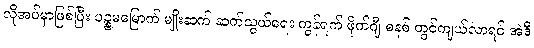
လိုအပ်မှာဖြစ်ပြီး ပဉ္စမမြောက် မျိုးဆက် ဆက်သွယ်ရေး ကွန်ရက် ဖိုက်ဂျီ စနစ် တွင်ကျယ်လာရင် အဲဒီ